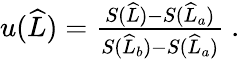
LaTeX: \begin{array}{r}{u(\widehat{L})=\frac{S(\widehat{L})-S(\widehat{L}_{a})}{S(\widehat{L}_{b})-S(\widehat{L}_{a})}\ .}\end{array}